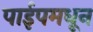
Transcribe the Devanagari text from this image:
पाईपमधून